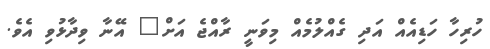
ހުރިހާ ހަޑިއެއް އަދި ގެއްލުމެއް މިވަނީ ރާއްޖެ އަށް" އޭނާ ވިދާޅުވި އެވެ.